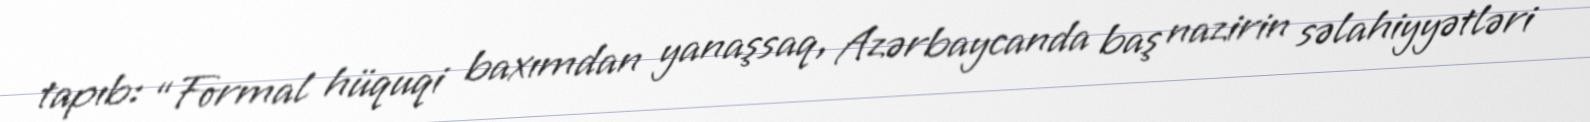
tapıb: “Formal hüquqi baxımdan yanaşsaq, Azərbaycanda baş nazirin səlahiyyətləri